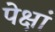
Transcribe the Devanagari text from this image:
पेक्षां